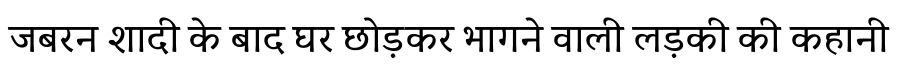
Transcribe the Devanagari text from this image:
जबरन शादी के बाद घर छोड़कर भागने वाली लड़की की कहानी